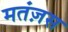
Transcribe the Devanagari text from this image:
मतंज़स